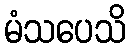
မံသပေသိ